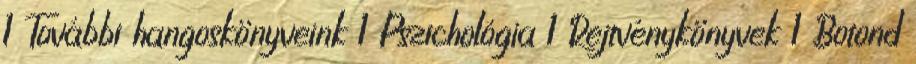
1 További hangoskönyveink 1 Pszichológia 1 Rejtvénykönyvek 1 Botond